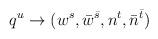
LaTeX: \begin{align*}q^u \to ( w^s, \bar w^{\bar s}, n^t, \bar n^{\bar t} )\end{align*}